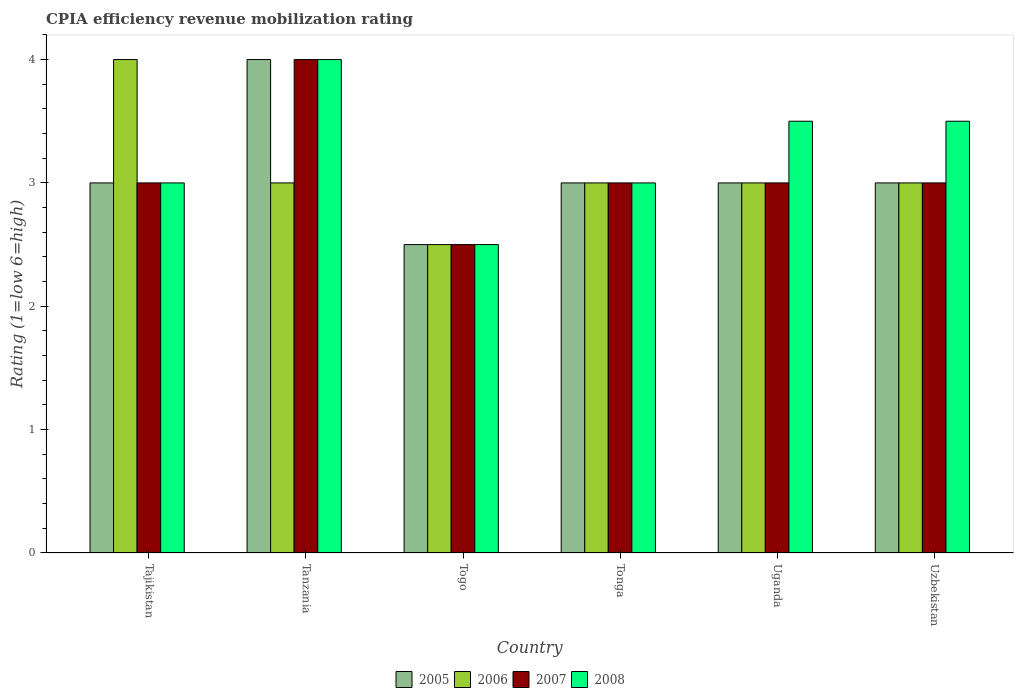
| Country | 2005 | 2006 | 2007 | 2008 |
 | --- | --- | --- | --- | --- |
 | Tajikistan | 3 | 4 | 3 | 3 |
 | Tanzania | 4 | 3 | 4 | 4 |
 | Togo | 2.5 | 2.5 | 2.5 | 2.5 |
 | Tonga | 3 | 3 | 3 | 3 |
 | Uganda | 3 | 3 | 3 | 3.5 |
 | Uzbekistan | 3 | 3 | 3 | 3.5 |